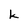
Character: k